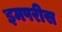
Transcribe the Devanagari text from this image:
इमपरीस